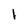
Character: l